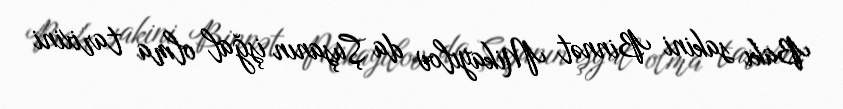
Bakı sakini Binnət Mikayılov da Şuşanın işğal olma tarixini